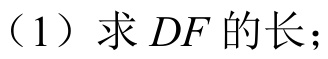
（1）求\(DF\)的长；